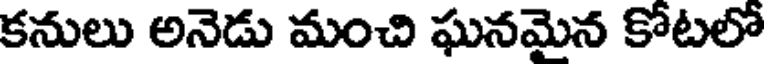
కనులు అనెడు మంచి ఘనమైన కోటలో